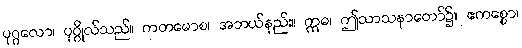
ပုဂ္ဂလော၊ ပုဂ္ဂိုလ်သည်။ ကတမောစ၊ အဘယ်နည်း။ ဣဓ၊ ဤသာသနာတော်၌။ ဧကစ္စော၊